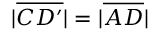
| { \overline { { C D ^ { \prime } } } } | = | { \overline { { A D } } } |